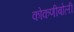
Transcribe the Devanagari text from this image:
कोकणीबोली